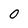
Character: 0